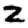
Digit: 2